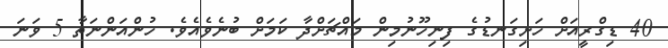
40 ޑިގްރީއަށް ހަށިގަނޑުގެ ފިނިހޫނުމިން މައްޗަށްދާ ކަމަށް ބުނެވެއެވެ. ހުންއަންނަތާ 5 ވަނަ